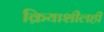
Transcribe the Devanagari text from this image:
क्रियाशीलही